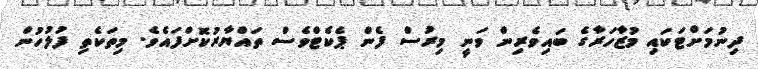
ދިނުމަށްޓަކައި މުޒާހަރާގެ ބައިވެރިން ވަނީ މިރުސް ފެން ޕެކެޓްވެސް ތައްޔާރުކޮށްފައެވެ. މިތަކެތި ފުލުހުން